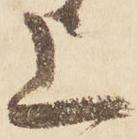
上